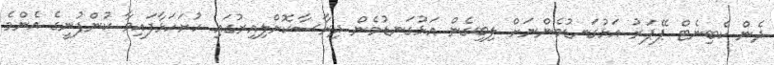
ދެން ކެބިނެޓް ޕޭޕަރު އަޅުގަނޑުމެންނަށް ލިބިގެން އަޅުގަނޑުމެން ދިރާސާކޮށްލިއިރުގައި ހުށަހަޅާފައިވާ ކުންފުނީގެ އެންމެ